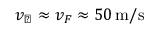
v _ { \perp } \approx v _ { F } \approx 5 0 \, \mathrm { m / s }